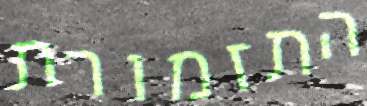
התזמורת